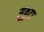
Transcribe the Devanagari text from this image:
सुकुटा